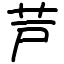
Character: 芦